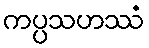
ကပ္ပသဟဿံ